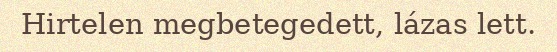
Hirtelen megbetegedett, lázas lett.